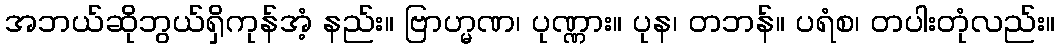
အဘယ်ဆိုဘွယ်ရှိကုန်အံ့ နည်း။ ဗြာဟ္မဏ၊ ပုဏ္ဏား။ ပုန၊ တဘန်။ ပရံစ၊ တပါးတုံလည်း။